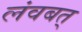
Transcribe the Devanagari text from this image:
लंवबत्‌